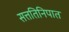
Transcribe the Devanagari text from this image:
सत्ततिनिपात